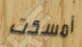
أمسكت